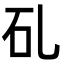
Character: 𥐕